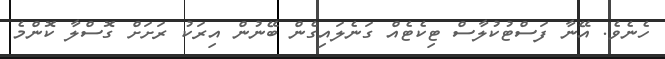
ހެނެވެ. އޭނާ ފަސްޓުކުލާސް ޓިކެޓެއް ގަނެލައިގެން ބޭނުން އިރަކު ރަށަށް ގޮސްލާ ކޮންމެ